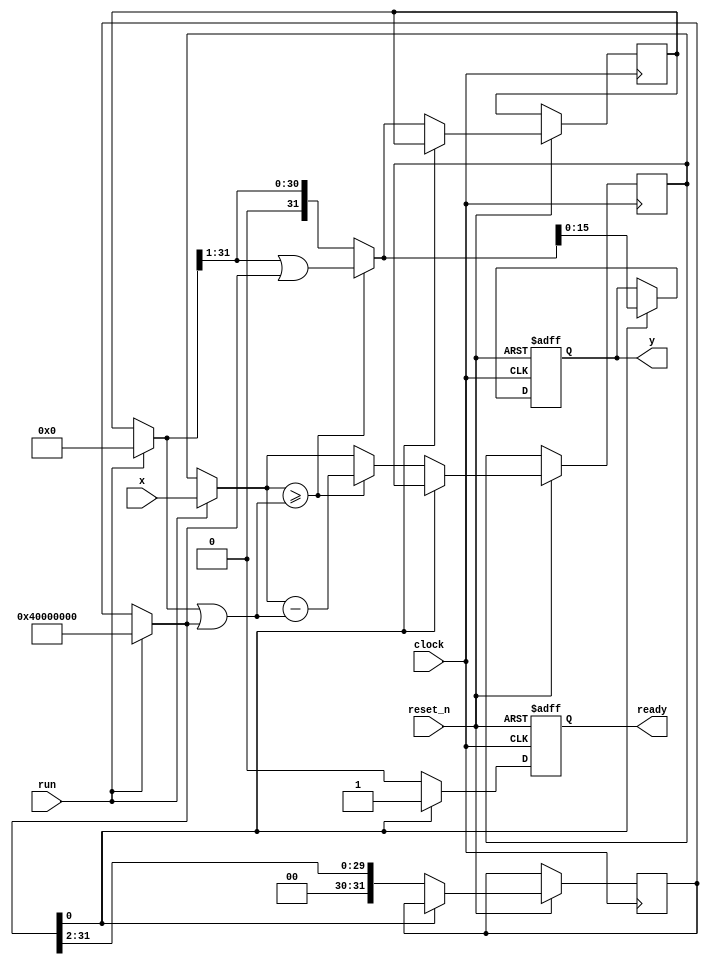
// This program was cloned from: https://github.com/RomeoMe5/DDLM
// License: MIT License

// sequential

module isqrt
(
    input             clock,
    input             reset_n,
    input             run,
    input      [31:0] x,
    output reg        ready,
    output reg [15:0] y
);

    reg [31:0] m,  r_m;
    reg [31:0] tx, r_tx;
    reg [31:0] ty, r_ty;
    reg [31:0] b,  r_b;

    reg new_ready;

    always @*
    begin
        if (run)
        begin
            m  = 31'h4000_0000;
            tx = x;
            ty = 0;
        end
        else
        begin
            m  = r_m;
            tx = r_tx;
            ty = r_ty;
        end
    
        b  = ty |  m;
        ty = ty >> 1;
            
        if (tx >= b)
        begin
            tx = tx - b;
            ty = ty | m;
        end

        new_ready = m [0];
            
        m = m >> 2;
    end

    always @(posedge clock or negedge reset_n)
    begin
        if (! reset_n)
        begin
            ready <= 0;
            y     <= 0;
        end
        else if (new_ready)
        begin
            ready <= 1;
            y     <= ty [15:0];
        end
        else
        begin
            ready <= 0;

            r_m   <= m;
            r_tx  <= tx;
            r_ty  <= ty;
            r_b   <= b;

        end
    end

endmodule